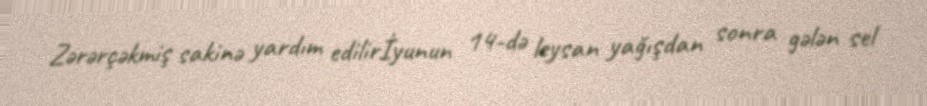
Zərərçəkmiş sakinə yardım edilirİyunun 14-də leysan yağışdan sonra gələn sel